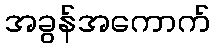
အခွန်အကောက်